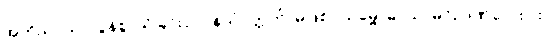
အဘိညာယ၊ လွန်စွာသိခြင်းငှာ။ နသံဝတ္တတိ၊ မဖြစ်။ သမ္ဗောဓာယ၊ မဂ်ဉာဏ်လေးပါး